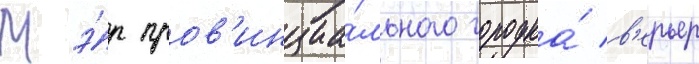
Мэ́р пров'инциа́льного городка́ в'ерьер